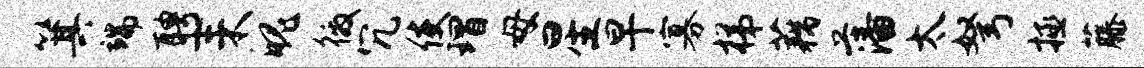
箕端聘耒魄徼冗使瑁母星早寡梯藕藩太弩拯藤